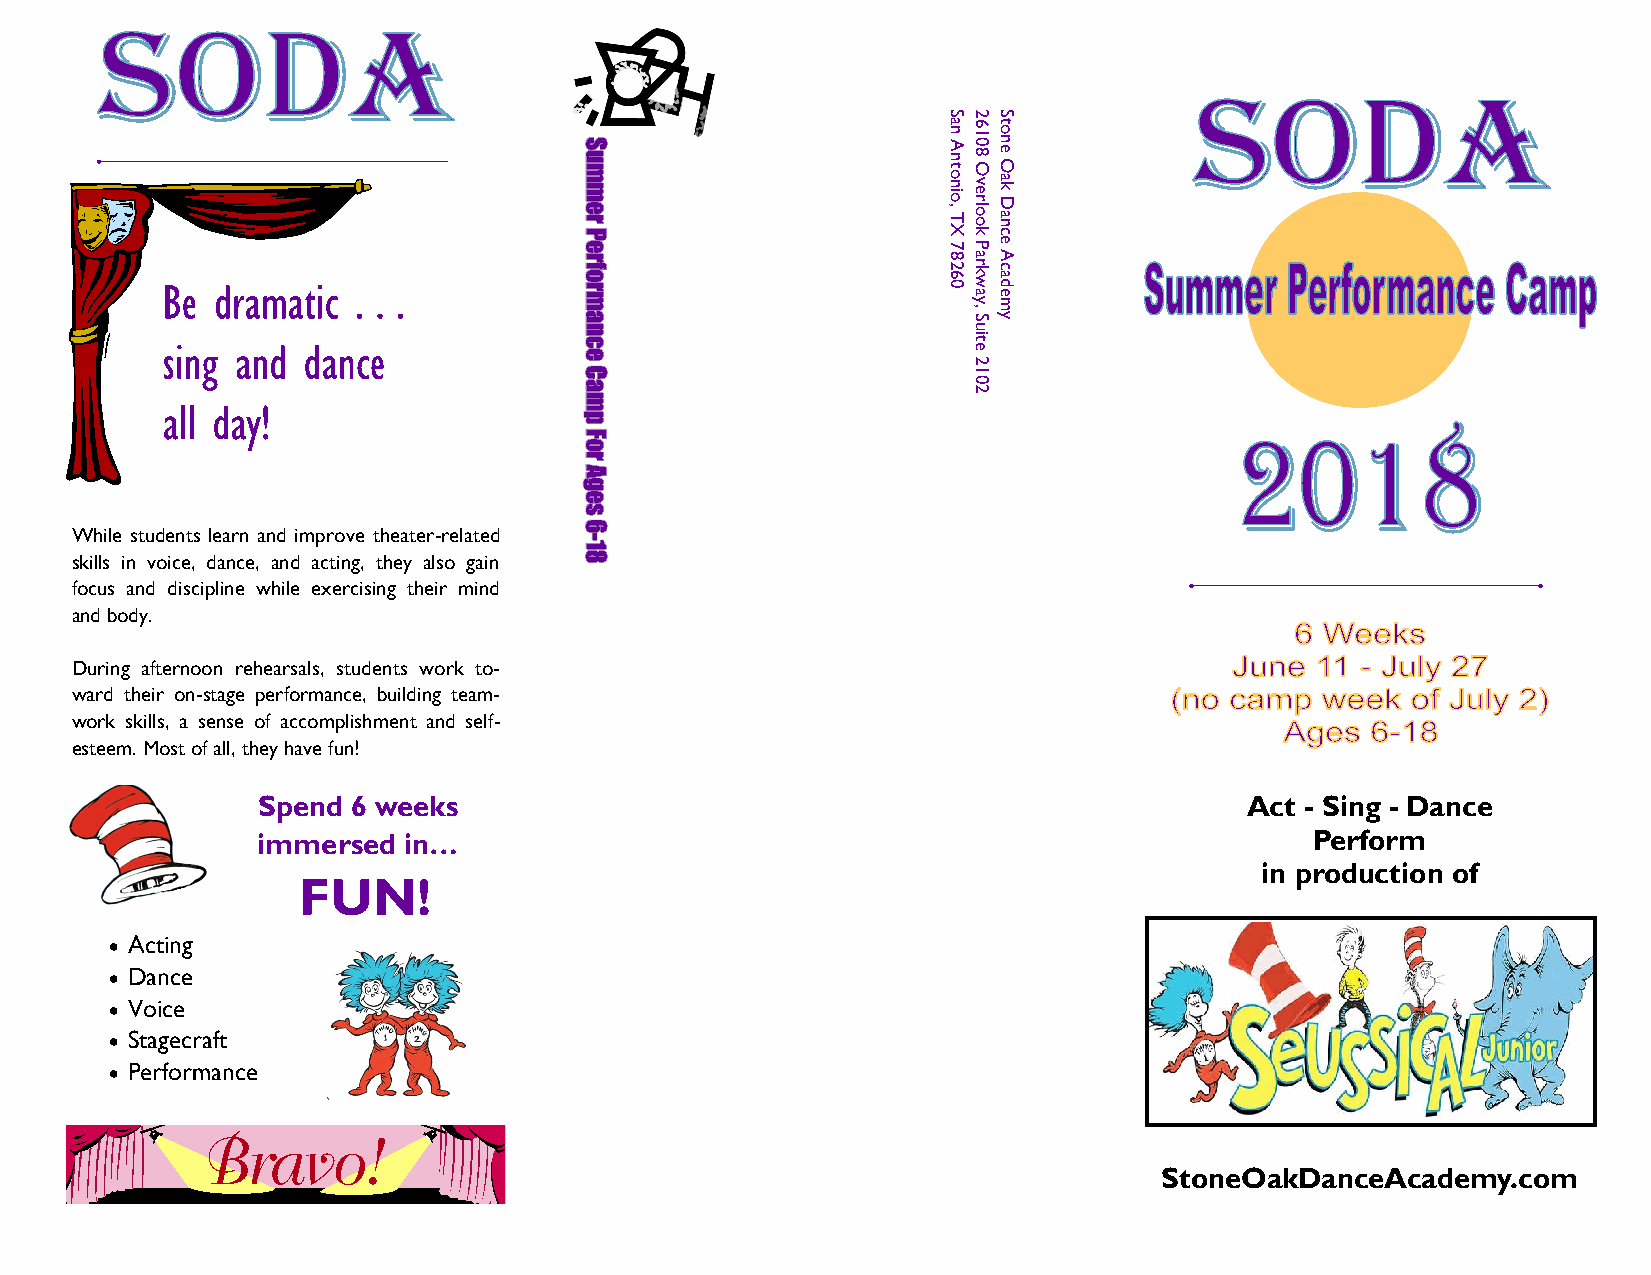
S2S
 XT
 ,oinotnA
 na
 koolrevO
 8016
 cnaD
 kaO
 enot
 87 aP
 A
 e
 Be dramatic . . .
 062 wkr dac
 ae
 ym
 uS
 ,
 y
 sing and dance
 eti
 2
 1
 0
 2
 all day!
 While students learn and improve theater-related
 skills in voice, dance, and acting, they also gain
 focus and discipline while exercising their mind
 and body.
 During afternoon rehearsals, students work to-
 ward their on-stage performance, building team-
 work skills, a sense of accomplishment and self-
 esteem. Most of all, they have fun!
 Spend 6 weeks                                                    Act - Sing - Dance
 immersed  in…                                                         Perform
 in production of
 FUN!
 • Acting
 • Dance
 • Voice
 • Stagecraft
 • Performance
 StoneOakDanceAcademy.com